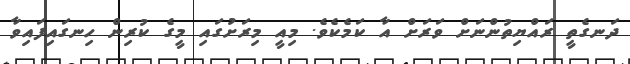
ދަނގެތީ ރައްޔިތުންނަށް ވަރަށް އާ ކަމެކެވެ. މިއީ މިރަށުގައި މީގެ ކުރިން ހިނގައިފައިވާ